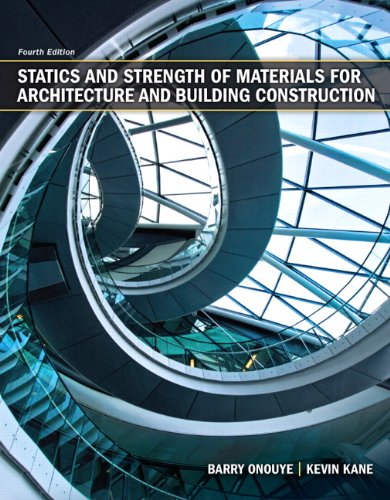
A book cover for Statics and Strength of Materials for Architecture and Building Construction (4th Edition); Barry S. Onouye; Engineering & Transportation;